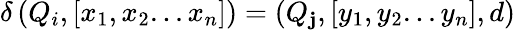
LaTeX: \delta\left(Q_{i},[x_{1},x_{2}...x_{n}]\right)=(Q_{\mathbf{j}},[y_{1},y_{2}...y_{n}],d)